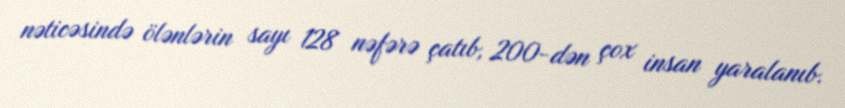
nəticəsində ölənlərin sayı 128 nəfərə çatıb, 200-dən çox insan yaralanıb.